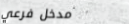
مدخل فرعي